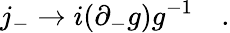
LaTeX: j_{-}\to i(\partial_{-}g)g^{-1}\quad.